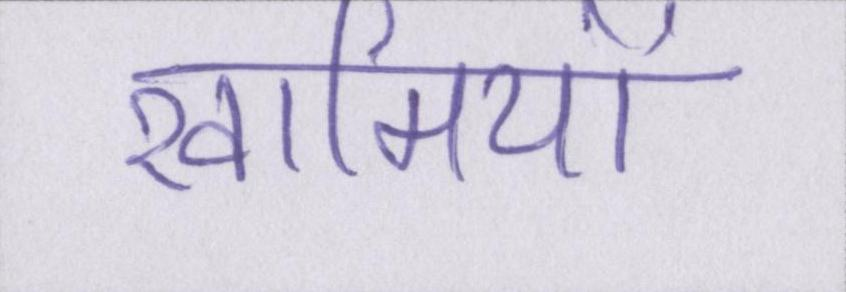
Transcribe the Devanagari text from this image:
खामियों